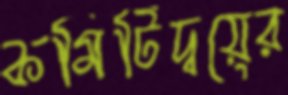
কমিটিদ্বয়ের